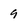
Character: 9